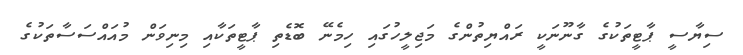
ސިޔާސީ ޕާޓީތަކުގެ ގާނޫނަކީ ރައްޔިތުންގެ މަޖިލީހުގައި ހިމެނޭ ބޮޑެތި ޕާޓީތަކާއި މިނިވަން މުއައްސަސާތަކުގެ